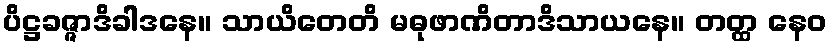
ပိဋ္ဌခဇ္ဇာဒိခါဒနေ။ သာယိတေတိ မဓုဖာဏိတာဒိသာယနေ။ တတ္ထ နေဝ